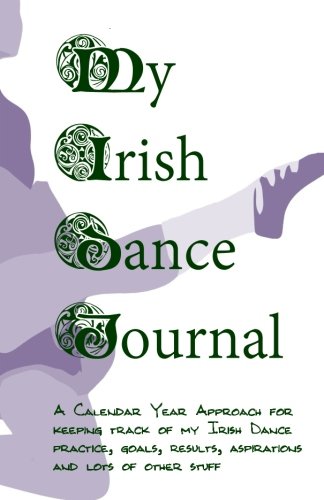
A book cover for My Irish Dance Journal: Keeping track of my Irish Dance practice, goals, results, aspirations and lots of other stuff; Sharon Flynn Stidham; Humor & Entertainment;